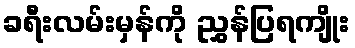
ခရီးလမ်းမှန်ကို ညွှန်ပြရကျိုး